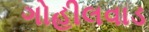
ગોહીલવાડ